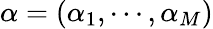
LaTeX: \alpha=(\alpha_{1},\cdots,\alpha_{M})